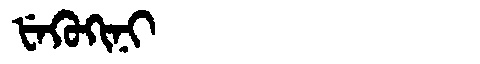
Manchu: ᡶᡝᡴᡠᡴᡳᠨᡳ
Romanization: FEKUKINI